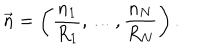
\vec { n } = \left( \frac { n _ { 1 } } { R _ { 1 } } , \ldots , \frac { n _ { N } } { R _ { N } } \right) .